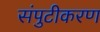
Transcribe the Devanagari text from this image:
संपुटीकरण